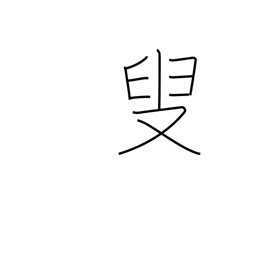
Meaning: old person